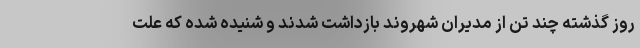
روز گذشته چند تن از مدیران شهروند بازداشت شدند و شنیده شده که علت